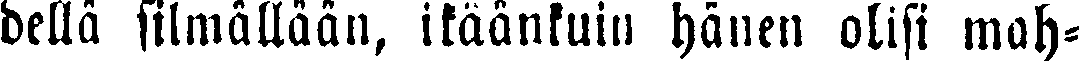
dellä silmällään, ikäänkuin hänen olisi mah-